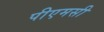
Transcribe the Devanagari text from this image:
पीएमसी